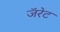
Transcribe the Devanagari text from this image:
जॅरेट